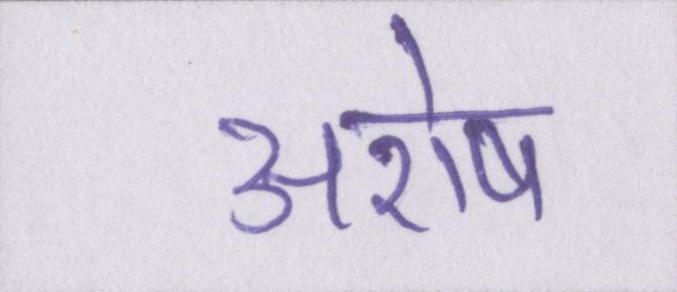
अशेष